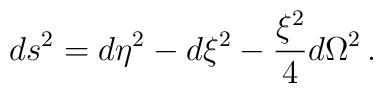
ds^2=d\eta^2-d\xi^2-\frac{\xi^2}{4}d\Omega^2\,.